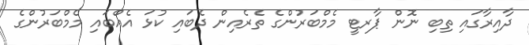
ދާއިރާގައި ތިބި ނޮން ޕާރޓީ މެމްބަރުންގެ ތެރެއިން ދެބައި ކުޅަ އެއްބައި މެމްބަރުންގެ